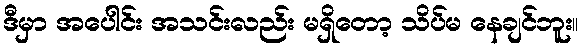
ဒီမှာ အပေါင်း အသင်းလည်း မရှိတော့ သိပ်မ နေချင်ဘူး။